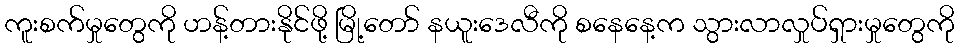
ကူးစက်မှုတွေကို ဟန့်တားနိုင်ဖို့ မြို့တော် နယူးဒေလီကို စနေနေ့က သွားလာလှုပ်ရှားမှုတွေကို